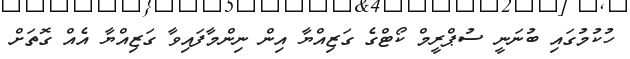
ހުކުމުގައި ބުނަނީ ސުޕްރީމް ކޯޓްގެ ގަޒިއްޔާ އިން ނިންމާފައިވާ ގަޒިއްޔާ އެއް ގޮތަށް